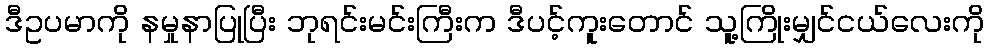
ဒီဥပမာကို နမှုနာပြုပြီး ဘုရင်းမင်းကြီးက ဒီပင့်ကူးတောင် သူ့ကြိုးမျှင်ငယ်လေးကို